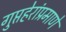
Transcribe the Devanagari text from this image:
गुप्तहेरांप्रमाणे